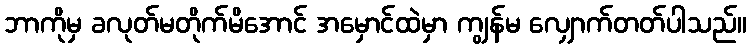
ဘာကိုမှ ခလုတ်မတိုက်မိအောင် အမှောင်ထဲမှာ ကျွန်မ လျှောက်တတ်ပါသည်။